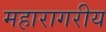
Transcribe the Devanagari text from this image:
महारागरीय